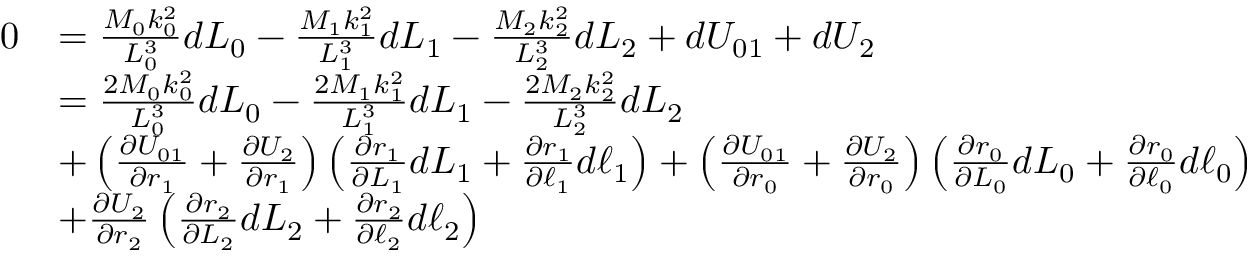
\begin{array} { r l } { 0 } & { = \frac { M _ { 0 } k _ { 0 } ^ { 2 } } { L _ { 0 } ^ { 3 } } d L _ { 0 } - \frac { M _ { 1 } k _ { 1 } ^ { 2 } } { L _ { 1 } ^ { 3 } } d L _ { 1 } - \frac { M _ { 2 } k _ { 2 } ^ { 2 } } { L _ { 2 } ^ { 3 } } d L _ { 2 } + d U _ { 0 1 } + d U _ { 2 } } \\ & { = \frac { 2 M _ { 0 } k _ { 0 } ^ { 2 } } { L _ { 0 } ^ { 3 } } d L _ { 0 } - \frac { 2 M _ { 1 } k _ { 1 } ^ { 2 } } { L _ { 1 } ^ { 3 } } d L _ { 1 } - \frac { 2 M _ { 2 } k _ { 2 } ^ { 2 } } { L _ { 2 } ^ { 3 } } d L _ { 2 } } \\ & { + \left( \frac { \partial U _ { 0 1 } } { \partial r _ { 1 } } + \frac { \partial U _ { 2 } } { \partial r _ { 1 } } \right) \left( \frac { \partial r _ { 1 } } { \partial L _ { 1 } } d L _ { 1 } + \frac { \partial r _ { 1 } } { \partial \ell _ { 1 } } d \ell _ { 1 } \right) + \left( \frac { \partial U _ { 0 1 } } { \partial r _ { 0 } } + \frac { \partial U _ { 2 } } { \partial r _ { 0 } } \right) \left( \frac { \partial r _ { 0 } } { \partial L _ { 0 } } d L _ { 0 } + \frac { \partial r _ { 0 } } { \partial \ell _ { 0 } } d \ell _ { 0 } \right) } \\ & { + \frac { \partial U _ { 2 } } { \partial r _ { 2 } } \left( \frac { \partial r _ { 2 } } { \partial L _ { 2 } } d L _ { 2 } + \frac { \partial r _ { 2 } } { \partial \ell _ { 2 } } d \ell _ { 2 } \right) } \end{array}